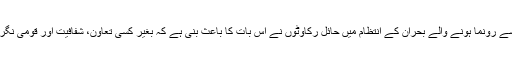
انہوں نے مزید کہا کہ کرونا وائرس سے رونما ہونے والے بحران کے انتظام میں حائل رکاوٹوں نے اس بات کا باعث بنی ہے کہ بغیر کسی تعاون، شفافیت اور قومی نگرانی کے بحران کا کنٹرول نہ ہوجائے۔